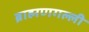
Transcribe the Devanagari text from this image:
ब्राह्मणगल्ली